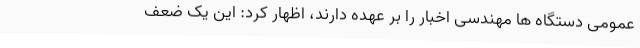
عمومی دستگاه ها مهندسی اخبار را بر عهده دارند، اظهار کرد: این یک ضعف